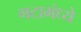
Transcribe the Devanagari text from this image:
गटामंध्ये